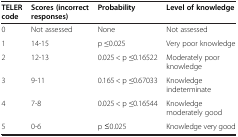
<table><thead><tr><td><b>TELER code</b></td><td><b>Scores (incorrect responses)</b></td><td><b>Probability</b></td><td><b>Level of knowledge</b></td></tr></thead><tbody><tr><td>0</td><td>Not assessed</td><td>None</td><td>Not assessed</td></tr><tr><td>1</td><td>14-15</td><td>p ≤0.025</td><td>Very poor knowledge</td></tr><tr><td>2</td><td>12-13</td><td>0.025 &lt; p ≤0.16522</td><td>Moderately poor knowledge</td></tr><tr><td>3</td><td>9-11</td><td>0.165 &lt; p ≤0.67033</td><td>Knowledge indeterminate</td></tr><tr><td>4</td><td>7-8</td><td>0.025 &lt; p ≤0.16544</td><td>Knowledge moderately good</td></tr><tr><td>5</td><td>0-6</td><td>p ≤0.025</td><td>Knowledge very good</td></tr></tbody></table>